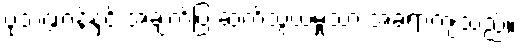
ပုံသဏ္ဍာန်နှင့် အချက်ပြ ဆက်သွယ်မှုသာ အခရာကျသည်။